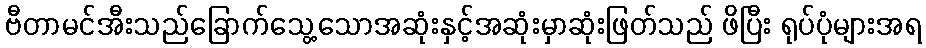
ဗီတာမင်အီးသည်ခြောက်သွေ့သောအဆုံးနှင့်အဆုံးမှာဆုံးဖြတ်သည် ဖိပြီး ရုပ်ပုံများအရ